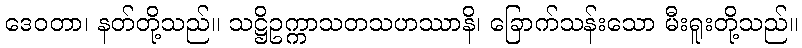
ဒေဝတာ၊ နတ်တို့သည်။ သဋ္ဌိဥက္ကာသတသဟဿာနိ၊ ခြောက်သန်းသော မီးရူးတို့သည်။